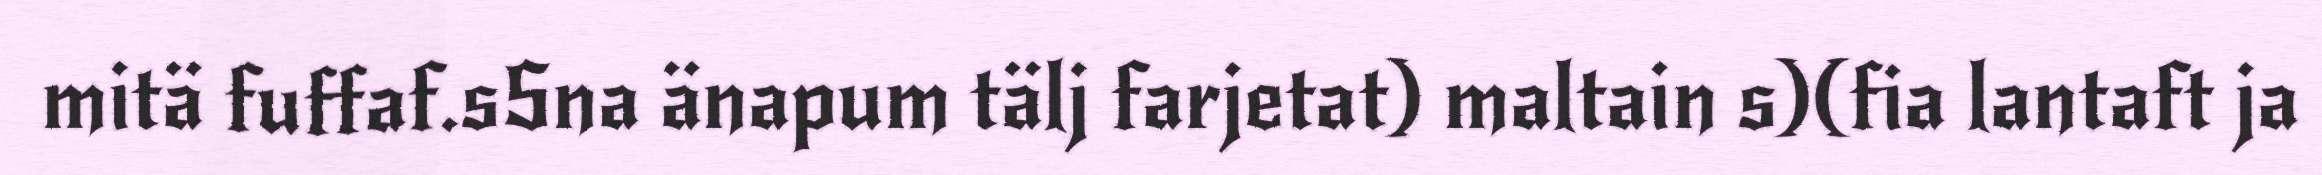
mitä fuffaf.sSna änapum tälj farjetat) maltain s)(fia lantaft ja